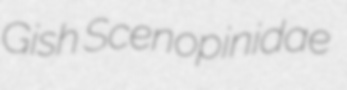
Gish Scenopinidae